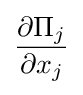
{\frac {\partial \Pi _{j}}{\partial x_{j}}}